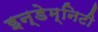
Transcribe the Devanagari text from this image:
इन्डेम्निटी